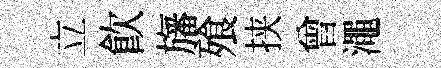
立飲旛飱挟曾澠